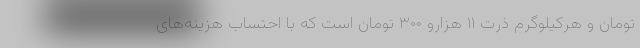
تومان و هرکیلوگرم ذرت ۱۱ هزارو ۳۰۰ تومان است که با احتساب هزینه‌های